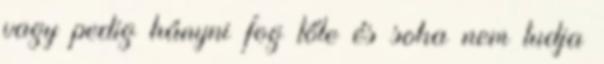
vagy pedig hányni fog tőle és soha nem tudja